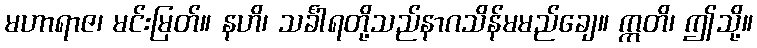
မဟာရာဇ၊ မင်းမြတ်။ နဟိ၊ သင်္ခါရတို့သည်နာဂသိန်မမည်ချေ။ ဣတိ၊ ဤသို့။